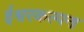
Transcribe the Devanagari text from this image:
ईश्वरकल्पना